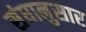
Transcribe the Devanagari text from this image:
संघानुसार